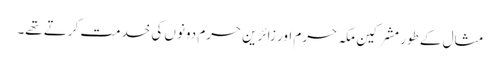
مثال کے طور مشرکین مکہ حرم اور زائرین حرم دونوں کی خدمت کرتے تھے۔